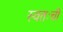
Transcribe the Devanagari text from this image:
स्वतःची